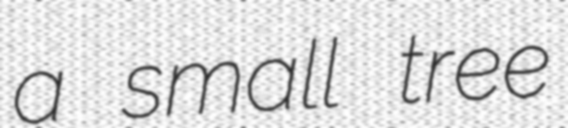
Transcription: a small tree